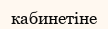
кабинетіне